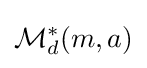
{\mathcal {M}}_{d}^{*}(m,a)